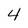
Character: 4